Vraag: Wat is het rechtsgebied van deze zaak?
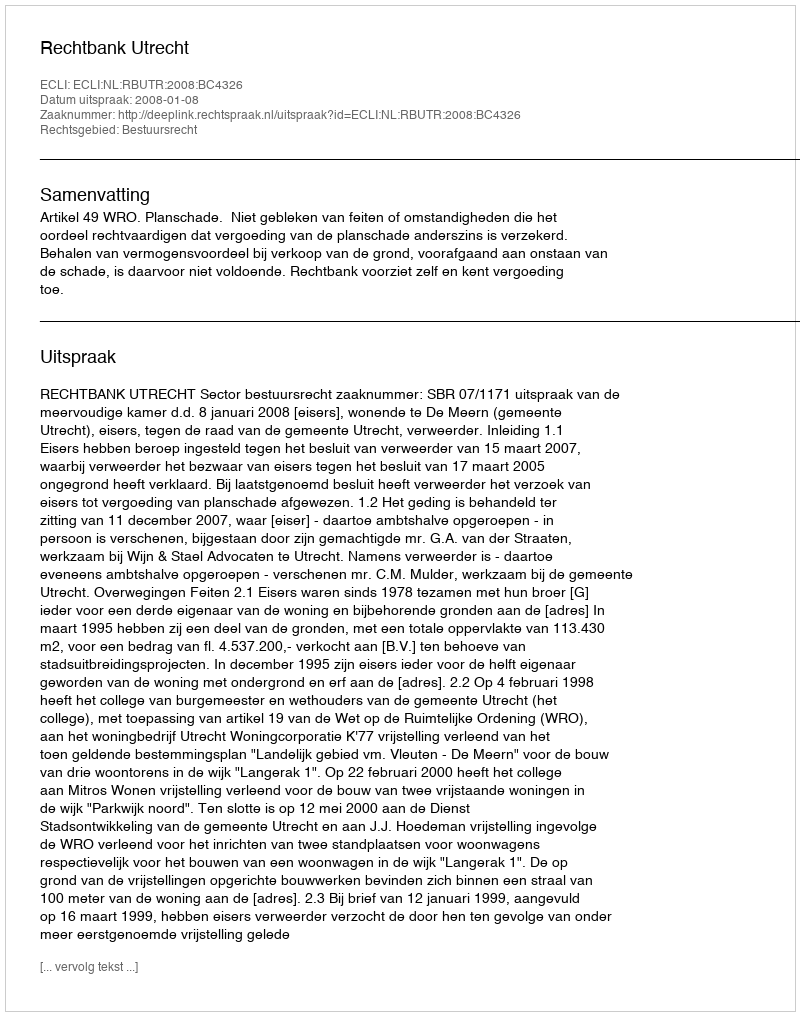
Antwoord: Bestuursrecht